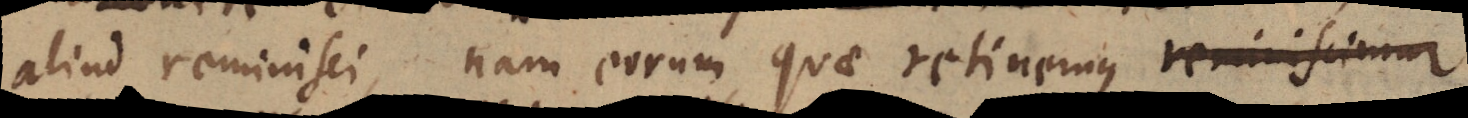
aliud reminisci, nam eorum quae retinemus reminiscimur